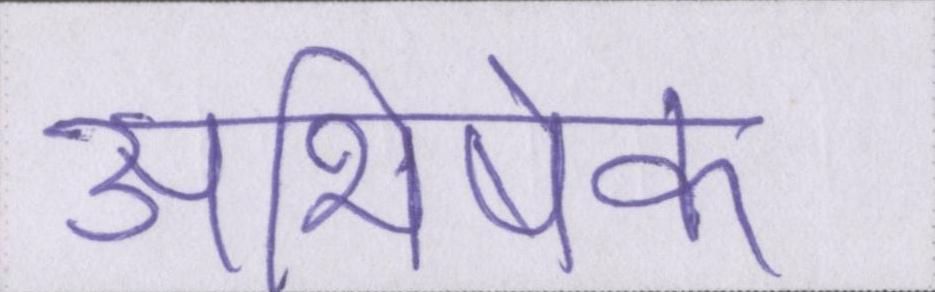
अभिषेक